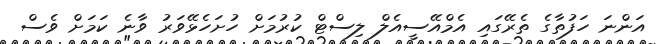
އަންނަ ހަފުތާގެ ތެރޭގައި އެމްއޭސީއެލް ލިސްޓް ކުރުމަށް ހުށަހެޅޭވަރު ވާނެ ކަމަށް ވެސް